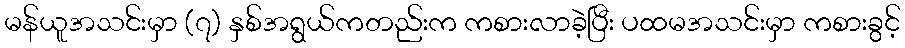
မန်ယူအသင်းမှာ (၇) နှစ်အရွယ်ကတည်းက ကစားလာခဲ့ပြီး ပထမအသင်းမှာ ကစားခွင့်